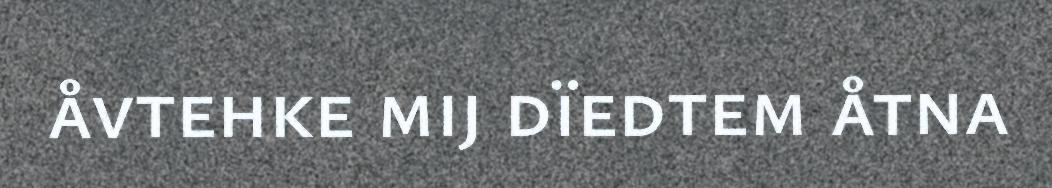
åvtehke mij dïedtem åtna